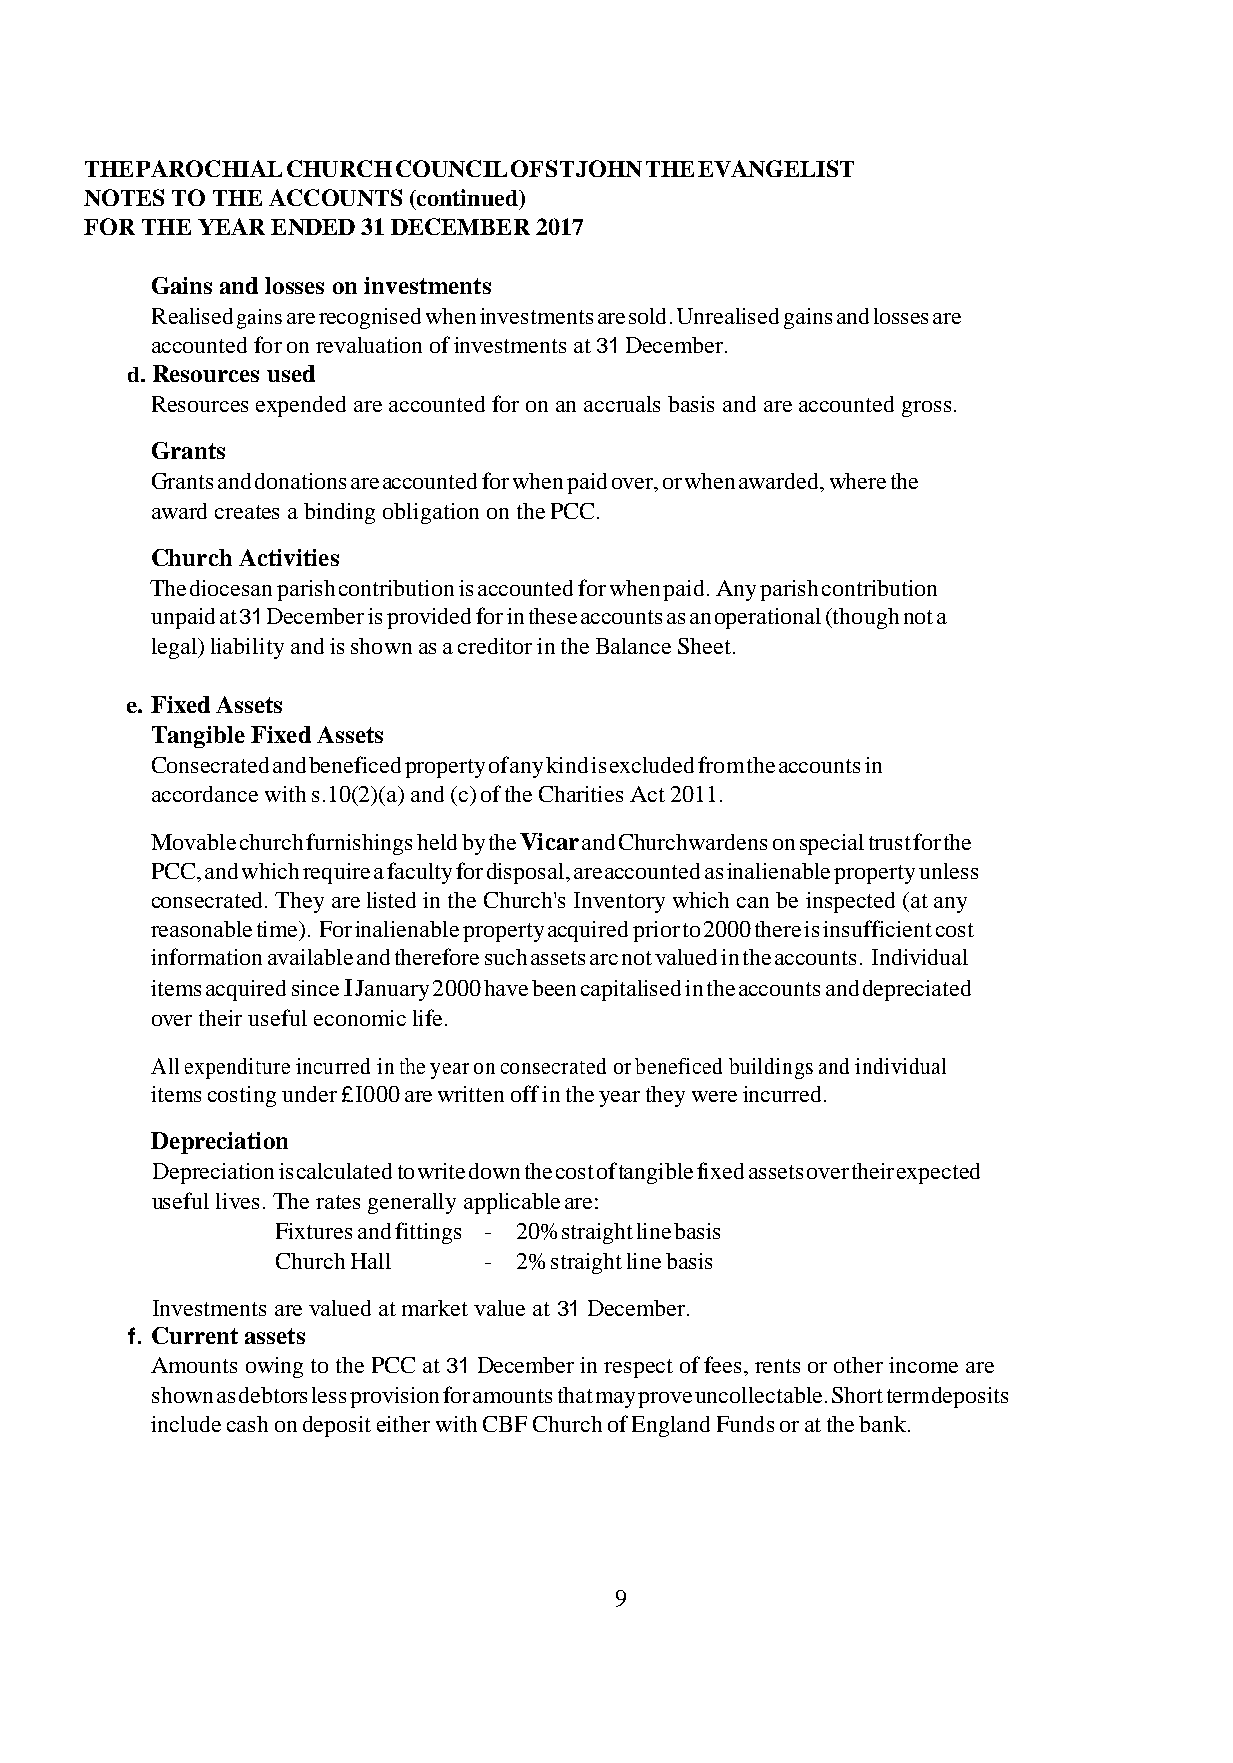
THE PAROCHIAL CHURCH COUNCIL OF ST JOHN THE EVANGELIST
 NOTES TO THE ACCOUNTS (continued)
 FOR THE YEAR ENDED 31 DECEMBER 2017
 Gains and losses on investments
 Realised gains are recognised when investments are sold. Unrealised gains and losses are
 accounted for on revaluation of investments at 31 December.
 d. Resources used
 Resources expended are accounted for on an accruals basis and are accounted gross.
 Grants
 Grants and donations are accounted for when paid over, or when awarded, where the
 award creates a binding obligation on the PCC.
 Church Activities
 The diocesan parish contribution is accounted for when paid. Any parish contribution
 unpaid at 31 December is provided for in these accounts as an operational (though not a
 legal) liability and is shown as a creditor in the Balance Sheet.
 e. Fixed Assets
 Tangible Fixed Assets
 Consecrated and beneficed property of any kind is excluded from the accounts in
 accordance with s.10(2)(a) and (c) of the Charities Act 2011.
 Movable church furnishings held by the Vicar and Churchwardens on special trust for the
 PCC, and which require a faculty for disposal, are accounted as inalienable property unless
 consecrated. They are listed in the Church's Inventory which can be inspected (at any
 reasonable time). For inalienable property acquired prior to 2000 there is insufficient cost
 information available and therefore such assets arc not valued in the accounts. Individual
 items acquired since I January 2000 have been capitalised in the accounts and depreciated
 over their useful economic life.
 All expenditure incurred in the year on consecrated or beneficed buildings and individual
 items costing under £ I000 are written off in the year they were incurred.
 Depreciation
 Depreciation is calculated to write down the cost of tangible fixed assets over their expected
 useful lives. The rates generally applicable are:
 Fixtures and fittings - 20% straight line basis
 Church Hall   - 2% straight line basis
 Investments are valued at market value at 31 December.
 f. Current assets
 Amounts owing to the PCC at 31 December in respect of fees, rents or other income are
 shown as debtors less provision for amounts that may prove uncollectable. Short term deposits
 include cash on deposit either with CBF Church of England Funds or at the bank.
 9